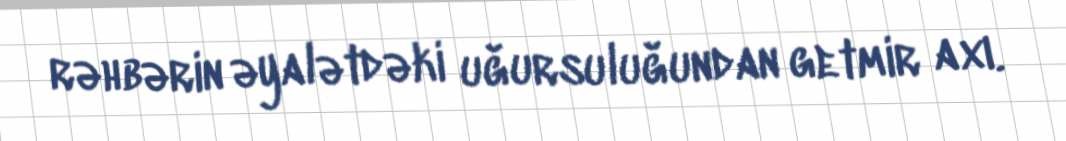
rəhbərin əyalətdəki uğursuluğundan getmir axı.